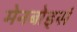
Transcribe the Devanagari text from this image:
मेनबोर्ड्स